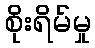
စိုးရိမ်မှု